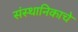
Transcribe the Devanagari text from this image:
संस्थानिकाचे